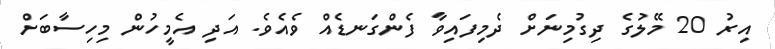
އިރު 20 މޭލުގެ ދިގުމިނަށް ދެމިފައިވާ ފެންގަނޑެއް ވެއެވެ. އަދި އެމީހުން މިހިސާބަށް